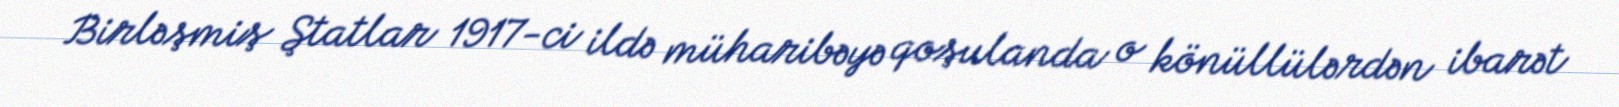
Birləşmiş Ştatlar 1917-ci ildə müharibəyə qoşulanda o könüllülərdən ibarət